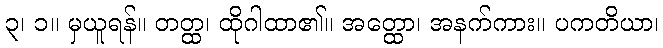
၃၊ ၁။ မှယူရန်။ တတ္ထ၊ ထိုဂါထာ၏။ အတ္ထော၊ အနက်ကား။ ပကတိယာ၊